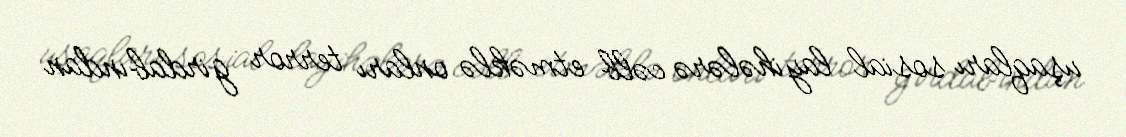
uşaqları sosial layihələrə cəlb etməklə onları terror girdabından